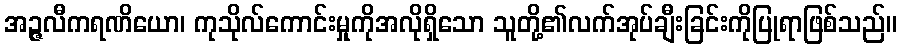
အဉ္ဇလီကရဏိယော၊ ကုသိုလ်ကောင်းမှုကိုအလိုရှိသော သူတို့၏လက်အုပ်ချီးခြင်းကိုပြုရာဖြစ်သည်။